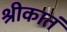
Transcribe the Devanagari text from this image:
श्रीकातं